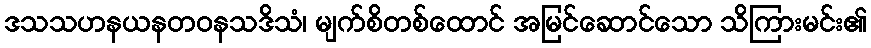
ဒသသဟနယနတဝနသဒိသံ၊ မျက်စိတစ်ထောင် အမြင်ဆောင်သော သိကြားမင်း၏